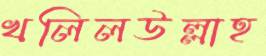
খলিলউল্লাহ